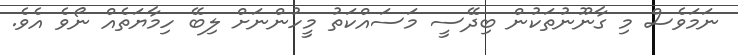
ނަމަވެސް މި ގާނޫނުތަކުން ބިދޭސީ މަސައްކަތު މީހުންނަށް ލިބޭ ހިމާޔަތެއް ނޯވެ އެވެ.